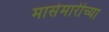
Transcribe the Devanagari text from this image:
मासेमारीच्या